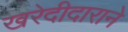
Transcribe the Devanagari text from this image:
खरेदीदाराने